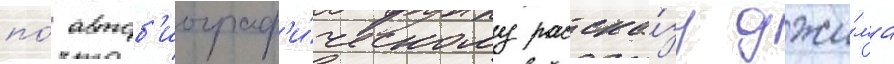
по́ автоб'иограф'и́ческому расска́зу джи́ма